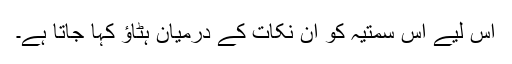
اس لیے اس سمتیہ کو ان نکات کے درمیان ہٹاؤ کہا جاتا ہے۔